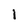
Character: 1